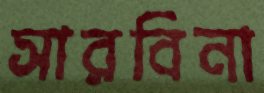
সারবিনা